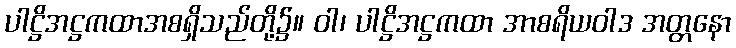
ပါဋ္ဌိအဋ္ဌကထာအစရှိသည်တို့၌။ ဝါ၊ ပါဋ္ဌိအဋ္ဌကထာ အာစရိယဝါဒ အတ္တနော